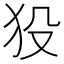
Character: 𤝈